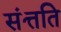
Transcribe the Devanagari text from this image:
संत्तति